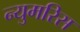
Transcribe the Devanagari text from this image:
न्युमरिस